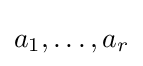
a_{1},\ldots ,a_{r}